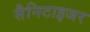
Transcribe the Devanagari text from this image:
सैनिटाइजर